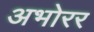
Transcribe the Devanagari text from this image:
अभोरर